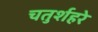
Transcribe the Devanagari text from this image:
चतुर्शहरे